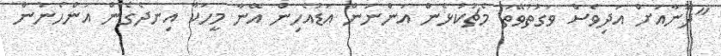
"ދޮނާއަށް އަދިވެސް ވަގުތުވޭތަ މެޗުކުޅެން އަންނަން އަޑުއެހިން އޭނާ މީހަކާ އިނދެގެން އަންހެނުން